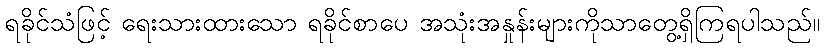
ရခိုင်သံဖြင့် ရေးသားထားသော ရခိုင်စာပေ အသုံးအနှုန်းများကိုသာတွေ့ရှိကြရပါသည်။